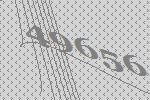
49656